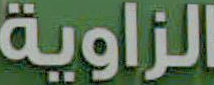
الزاوية